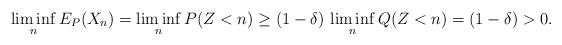
LaTeX: \begin{gather*}\liminf_nE_P(X_n)=\liminf_nP(Z<n)\geq (1-\delta)\,\liminf_nQ(Z<n)=(1-\delta)>0.\end{gather*}